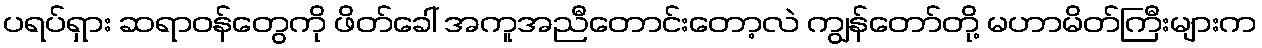
ပရပ်ရှား ဆရာဝန်တွေကို ဖိတ်ခေါ် အကူအညီတောင်းတော့လဲ ကျွန်တော်တို့ မဟာမိတ်ကြီးများက